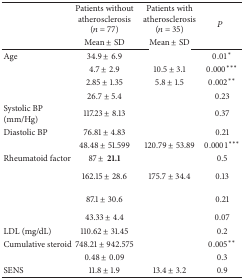
<table><thead><tr><td rowspan="2">[EMPTY_CELL]</td><td><b>Patients without atherosclerosis (<i>n</i> = 77)</b></td><td><b>Patients with atherosclerosis(<i>n</i> = 35)</b></td><td rowspan="2"><b><i>P</i></b></td></tr><tr><td><b>Mean ± SD</b></td><td><b>Mean ± SD</b></td></tr></thead><tbody><tr><td>Age</td><td>34.9 ± 6.9</td><td>[EMPTY_CELL]</td><td>0.01<sup>*</sup></td></tr><tr><td>[EMPTY_CELL]</td><td>4.7 ± 2.9</td><td>10.5 ± 3.1</td><td>0.000<sup>***</sup></td></tr><tr><td>[EMPTY_CELL]</td><td>2.85 ± 1.35</td><td>5.8 ± 1.5</td><td>0.002<sup>**</sup></td></tr><tr><td>[EMPTY_CELL]</td><td>26.7 ± 5.4</td><td>[EMPTY_CELL]</td><td>0.23</td></tr><tr><td>Systolic BP (mm/Hg)</td><td>117.23 ± 8.13</td><td>[EMPTY_CELL]</td><td>0.37</td></tr><tr><td>Diastolic BP</td><td>76.81 ± 4.83</td><td>[EMPTY_CELL]</td><td>0.21</td></tr><tr><td>[EMPTY_CELL]</td><td>48.48 ± 51.599</td><td>120.79 ± 53.89</td><td>0.0001<sup>***</sup></td></tr><tr><td>Rheumatoid factor</td><td>87 ±<b>21.1</b></td><td>[EMPTY_CELL]</td><td>0.5</td></tr><tr><td>[EMPTY_CELL]</td><td>162.15 ± 28.6</td><td>175.7 ± 34.4</td><td>0.13</td></tr><tr><td>[EMPTY_CELL]</td><td>87.1 ± 30.6</td><td>[EMPTY_CELL]</td><td>0.21</td></tr><tr><td>[EMPTY_CELL]</td><td>43.33 ± 4.4</td><td>[EMPTY_CELL]</td><td>0.07</td></tr><tr><td>LDL (mg/dL)</td><td>110.62 ± 31.45</td><td>[EMPTY_CELL]</td><td>0.2</td></tr><tr><td>Cumulative steroid</td><td>748.21 ± 942.575</td><td>[EMPTY_CELL]</td><td>0.005<sup>**</sup></td></tr><tr><td>[EMPTY_CELL]</td><td>0.48 ± 0.09</td><td>[EMPTY_CELL]</td><td>0.3</td></tr><tr><td>SENS</td><td>11.8 ± 1.9</td><td>13.4 ± 3.2</td><td>0.9</td></tr></tbody></table>